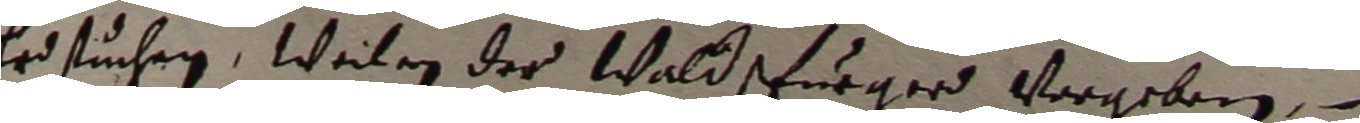
erdstuchen, weilen der Waldspurger vergeben